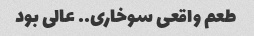
طعم واقعی سوخاری.. عالی بود